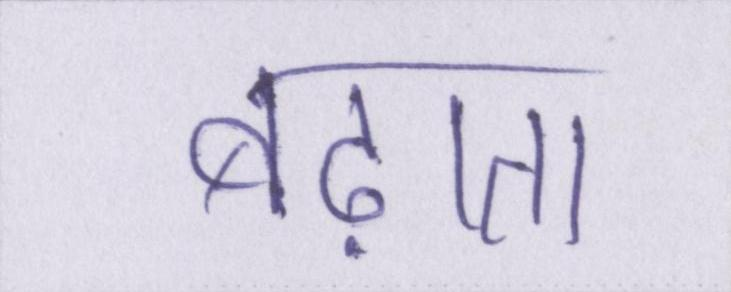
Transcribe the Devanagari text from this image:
बढ़ाता